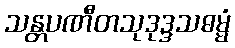
သန္တပဏီတသုဒုဒ္ဒသဓမ္မံ